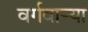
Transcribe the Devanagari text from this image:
वर्गवार्‍या